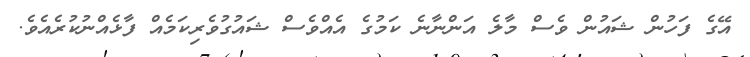
އޭގެ ފަހުން ޝައުން ވެސް މާލެ އަންނާނެ ކަމުގެ އެއްވެސް ޝައުގުވެރިކަމެއް ފާޅެއްނުކުރެއެވެ.